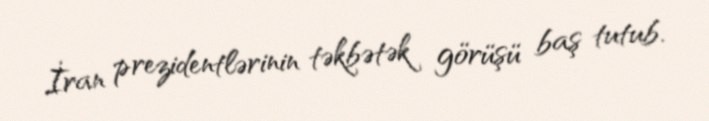
İran prezidentlərinin təkbətək görüşü baş tutub.